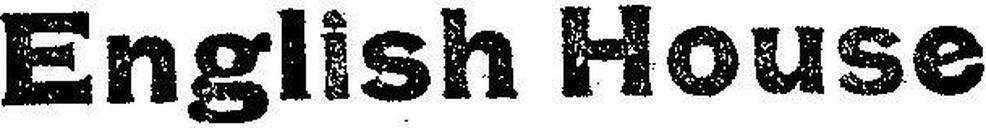
English House